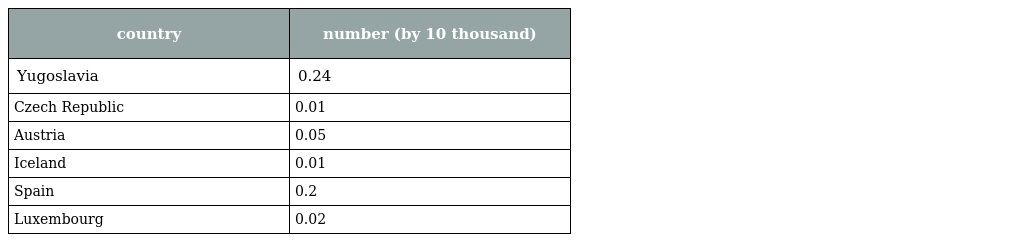
| country | number (by 10 thousand) |
 | --- | --- |
 | Yugoslavia | 0.24 |
 | Czech Republic | 0.01 |
 | Austria | 0.05 |
 | Iceland | 0.01 |
 | Spain | 0.2 |
 | Luxembourg | 0.02 |